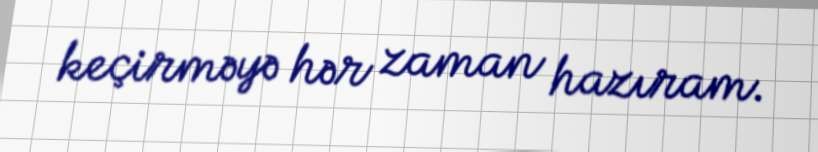
keçirməyə hər zaman hazıram.